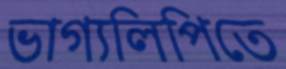
ভাগ্যলিপিতে